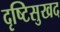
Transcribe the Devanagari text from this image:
दृष्टिसुखद